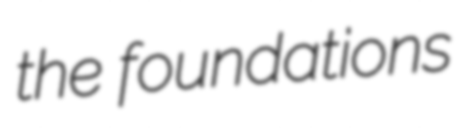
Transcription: the foundations